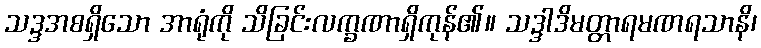
သဒ္ဒအစရှိသော အာရုံကို သိခြင်းလက္ခဏာရှိကုန်၏။ သဒ္ဒါဒိမတ္တာရမဏရသာနိ၊